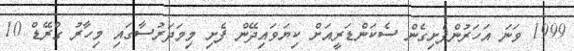
1999 ވަނަ އަހަރުންފެށިގެން ސެކަންޑަރީއަށް ކިޔަވައިދޭން ފެށި މިމަދަރުސާގައި މިހާރު ގްރޭޑް 10